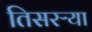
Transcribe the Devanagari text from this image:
तिसरऱ्या